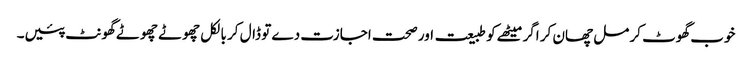
خوب گھوٹ کر مل چھان کر اگر میٹھے کو طبیعت اور صحت اجازت دے تو ڈال کر بالکل چھوٹے چھوٹے گھونٹ پئیں۔